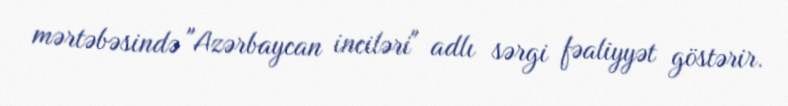
mərtəbəsində "Azərbaycan inciləri" adlı sərgi fəaliyyət göstərir.